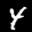
Label: 4